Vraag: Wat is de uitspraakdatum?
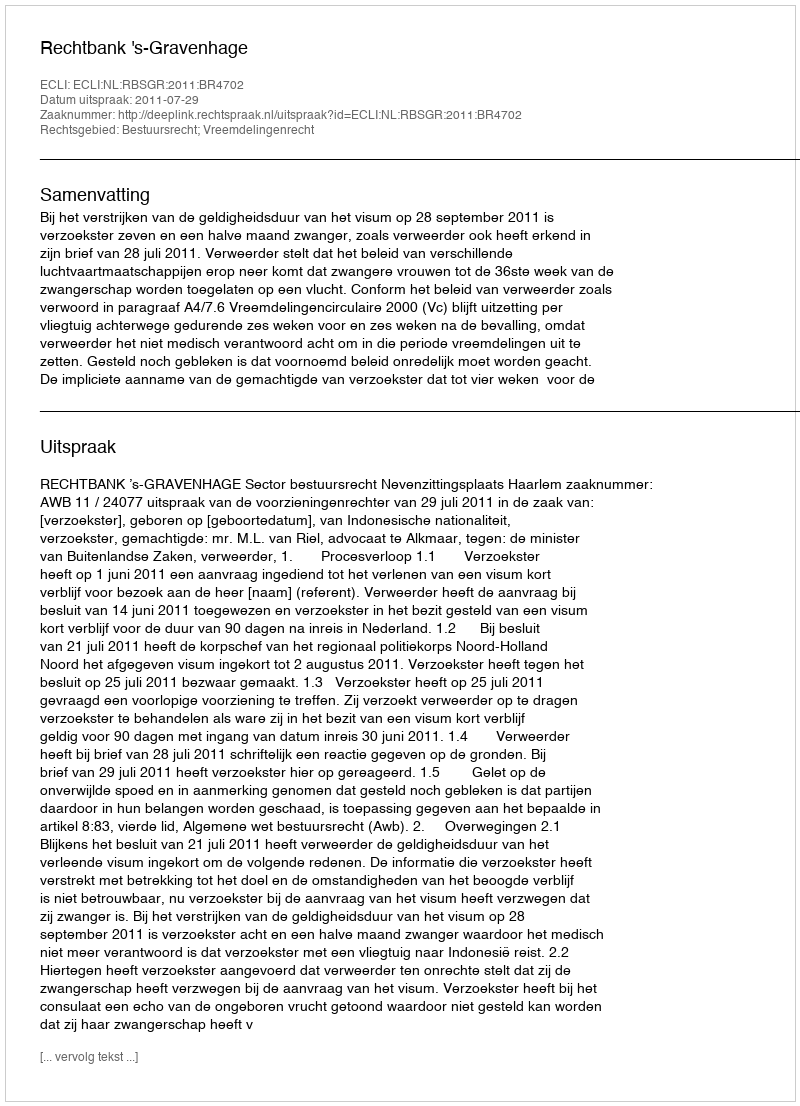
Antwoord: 2011-07-29